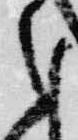
之